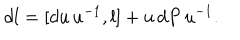
d l = [ d u \, u ^ { - 1 } , l ] + u \, d P \, u ^ { - 1 } . \; \;